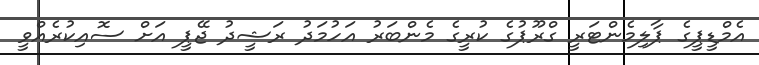
އެމްޑީޕީގެ ޕާލިމެންޓަރީ ގްރޫޕުގެ ކުރީގެ މެންބަރު އަހުމަދު ރަޝީދު ޖޭޕީ އަށް ސޮއިކުރެއްވީ